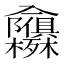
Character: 𭁃